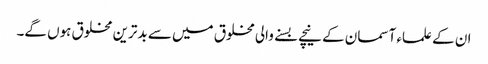
ان کے علماء آسمان کے نیچے بسنے والی مخلوق میں سے بدترین مخلوق ہوں گے۔